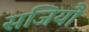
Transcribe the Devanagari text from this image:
सजियौ